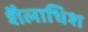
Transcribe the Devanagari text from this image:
शैलाधिश